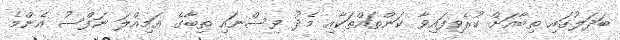
ބަދަލުގައި ތިބާއަށް ކުރެވިފައިވާ ކަންތައްތަކާއި މެދު ވިސްނައި ތިބާގެ އަމިއްލަ ނަފްސު އެންމެ